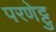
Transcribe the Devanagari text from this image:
परणेट्टु